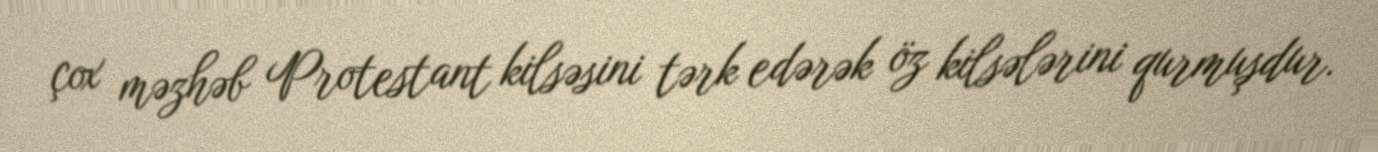
çox məzhəb Protestant kilsəsini tərk edərək öz kilsələrini qurmuşdur.